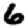
Digit: 6